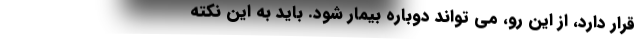
قرار دارد، از این رو، می تواند دوباره بیمار شود. باید به این نکته